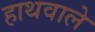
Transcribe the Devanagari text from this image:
हाथवाले